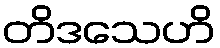
တိဒသေဟိ